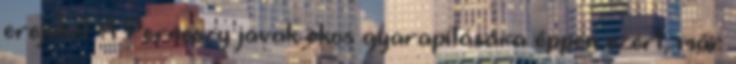
erejüket. A Perneszy javak okos gyarapítására éppen ezért, már